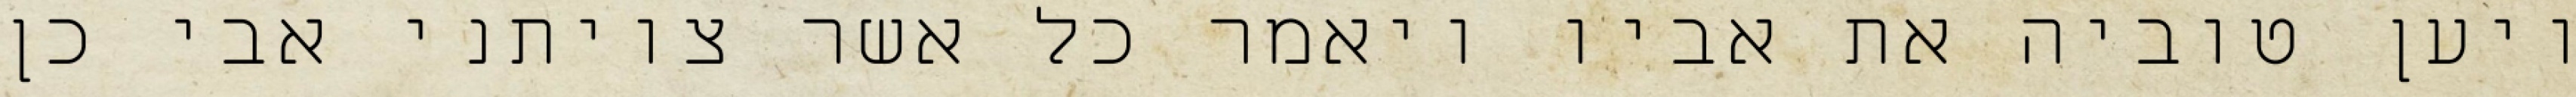
ויען טוביה את אביו ויאמר כל אשר צויתני אבי כן